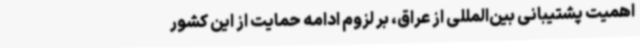
اهمیت پشتیبانی بین‌المللی از عراق، بر لزوم ادامه حمایت از این کشور